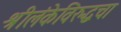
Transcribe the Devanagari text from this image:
श्रीलंकेविरुद्धचा